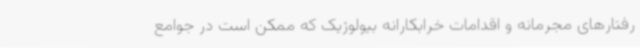
رفتارهای مجرمانه و اقدامات خرابکارانه بیولوژیک که ممکن است در جوامع